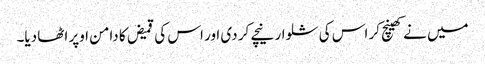
میں نے کھینچ کر اس کی شلوار نیچے کر دی اور اس کی قمیض کا دامن اوپر اٹھا دیا۔